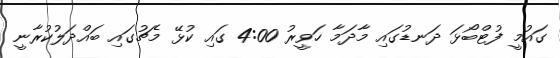
ގައުމީ ފުޓްބޯޅަ ދަނޑުގައި މާދަމާ ހަވީރު 4:00 ގައި ކުޅޭ މެޗުގައި ބައްދަލުކުރާނީ